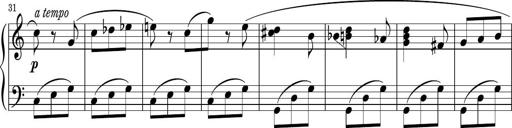
Title: Sonatina PandemÃ³nium
Composer: VÃ­ctor Carbajo
Key: C major